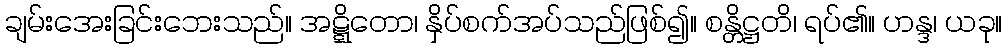
ချမ်းအေးခြင်းဘေးသည်။ အဋ္ဋိတော၊ နှိပ်စက်အပ်သည်ဖြစ်၍။ စန္တိဋ္ဌတိ၊ ရပ်၏။ ဟန္ဒ၊ ယခု။